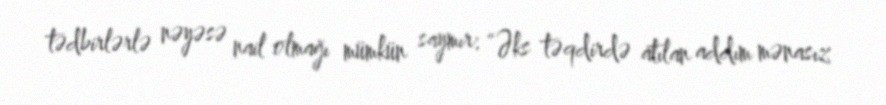
tədbirlərlə nəyəsə nail olmağı mümkün saymır: “Əks təqdirdə atılan addım mənasız